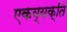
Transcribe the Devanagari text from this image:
एकव्यक्ति